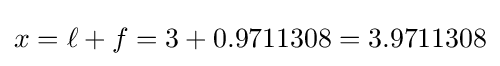
x=\ell +f=3+0.9711308=3.9711308